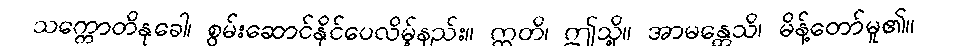
သက္ကောတိနုခေါ၊ စွမ်းဆောင်နိုင်ပေလိမ့်နည်း။ ဣတိ၊ ဤသို့။ အာမန္တေသိ၊ မိန့်တော်မူ၏။